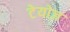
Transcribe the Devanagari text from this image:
टेयोज़